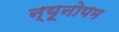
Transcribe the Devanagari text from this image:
न्यूनोपम